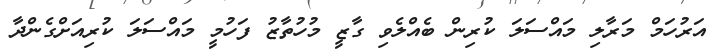
އަރުހަމް މަރާލި މައްސަލަ ކުރިން ބެއްލެވި ގާޒީ މުހުތާޒު ފަހުމީ މައްސަލަ ކުރިއަށްގެންދާ